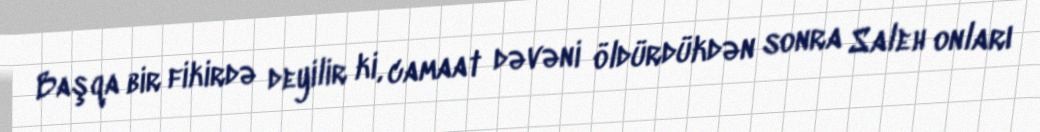
Başqa bir fikirdə deyilir ki, camaat dəvəni öldürdükdən sonra Saleh onları